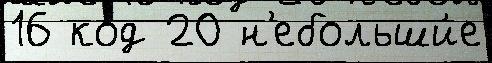
16 код 20 н'ебольши́е